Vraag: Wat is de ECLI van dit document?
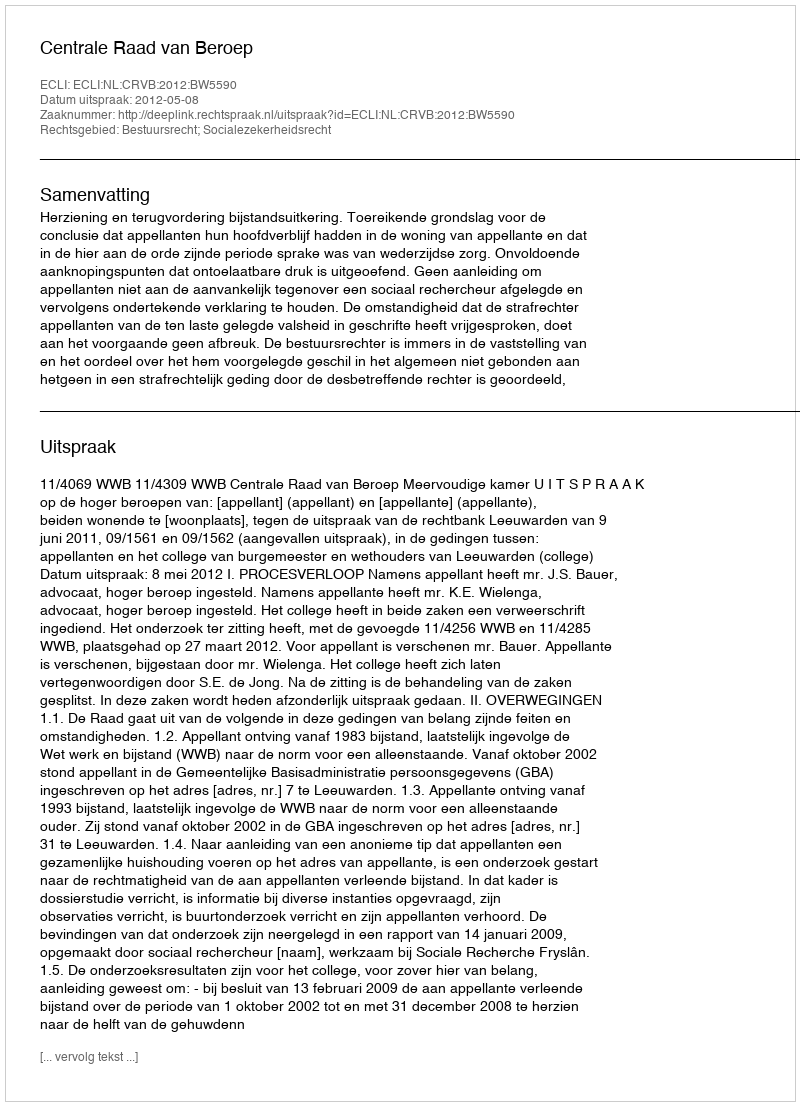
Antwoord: ECLI:NL:CRVB:2012:BW5590